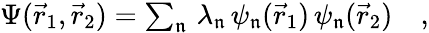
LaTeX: \begin{array}{r}{\Psi(\vec{r}_{1},\vec{r}_{2})=\sum_{\mathfrak{n}}\, \lambda_{\mathfrak{n}}\, \psi_{\mathfrak{n}}(\vec{r}_{1})\, \psi_{\mathfrak{n}}(\vec{r}_{2})\quad,}\end{array}